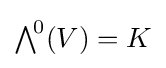
{\textstyle \bigwedge }^{\!0}(V)=K